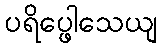
ပရိပ္ဖေါသေယျ